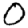
Digit: 0